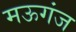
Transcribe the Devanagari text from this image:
मऊगंज